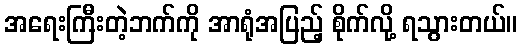
အရေးကြီးတဲ့ဘက်ကို အာရုံအပြည့် စိုက်လို့ ရသွားတယ်။